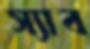
স্যাব